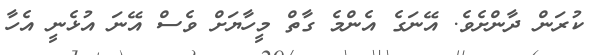
ކުރަން ދާންށެވެ. އޭނަގެ އެންމެ ގާތް މީހާޔަށް ވެސް އޭނަ އުޅެނީ އެހާ